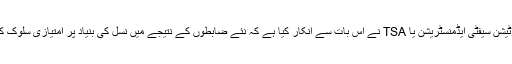
لیکن ٹرانسپورٹیشن سیفٹی ایڈمنسٹریشن یا TSA نے اس بات سے انکار کیا ہے کہ نئے ضابطوں کے نتیجے میں نسل کی بنیاد پر امتیازی سلوک کیا جا رہا ہے ۔